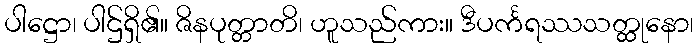
ပါဋ္ဌော၊ ပါဌ်ရှိ၏။ ဇိနပုတ္တာတိ၊ ဟူသည်ကား။ ဒီပင်္ကရဿသတ္ထုနော၊